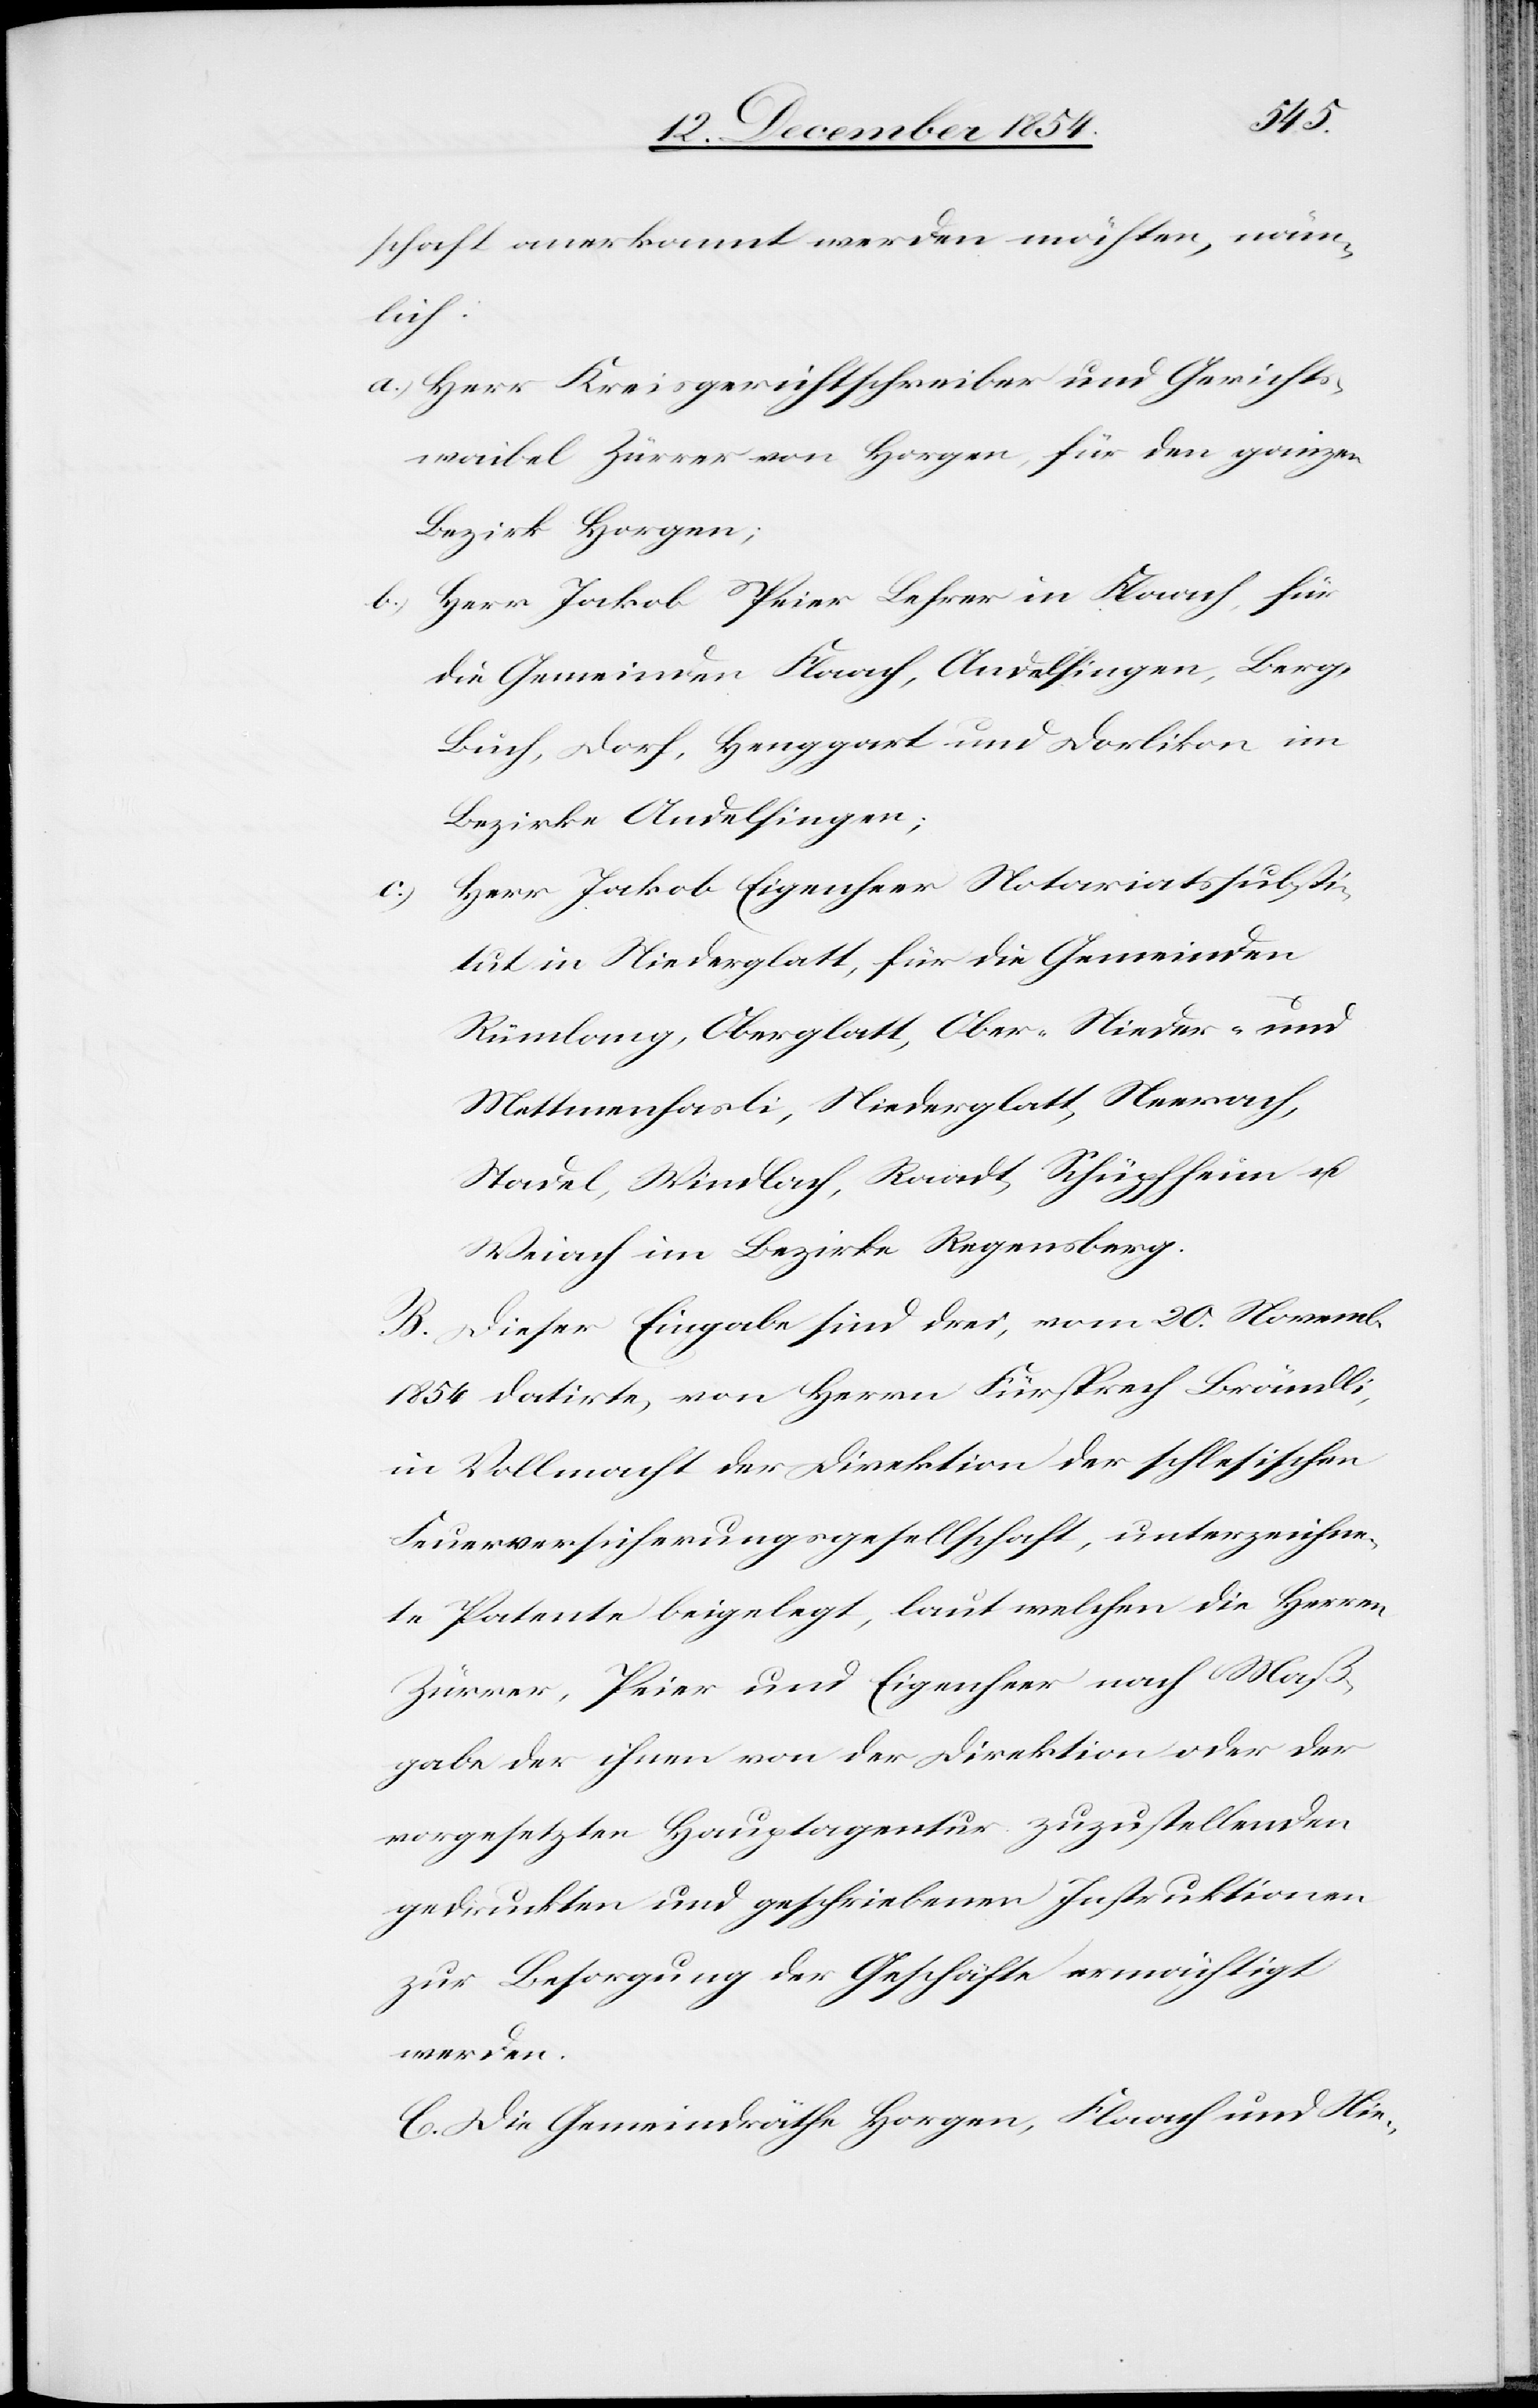
schaft anerkannt werden möchten, näm¬
lich:
a.) Herr Kreisgerichtschreiber und Gerichts¬
waibel Zürrer von Horgen, für den ganzen
Bezirk Horgen;
Herr Jakob Peier Lehrer in Flaach, für
b.)
die Gemeinden Flaach, Andelfingen, Berg,
Buch, Dorf, Henggart und Dorlikon im
Bezirke Andelfingen;
Herr Jakob Eigenheer Notariatssubsti¬
tut in Niederglatt, für die Gemeinden
Rümlang, Oberglatt, Ober-[,] Nieder- und
Mettmenhasli, Niederglatt, Neerach,
Stadel, Windlach, Raadt, Schüpfheim u.
Weiach im Bezirke Regensberg.
B. Dieser Eingabe sind drei, vom 20. Novemb.
1854 datirte, von Herrn Fürsprech Brändli,
in Vollmacht der Direktion der schlesischen
Feuerversicherungsgesellschaft, unterzeichne¬
te Patente beigelegt, laut welchen die Herren
Zürrer, Peier und Eigenheer nach Maß¬
gabe der ihnen von der Direktion oder der
vorgesetzten Hauptagentur zuzustellenden
gedruckten und geschriebenen Instruktionen
zur Besorgung der Geschäfte ermächtigt
werden.
C. Die Gemeindräthe Horgen, Flaach und Nie-